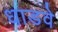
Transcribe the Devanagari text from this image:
धाडवे